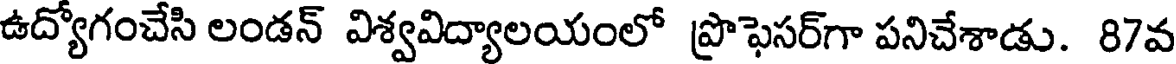
ఉద్యోగంచేసి లండన్ విశ్వవిద్యాలయంలో ప్రొఫెసర్గా పనిచేశాడు. 87వ